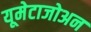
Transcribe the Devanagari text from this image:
यूमेटाजोअन